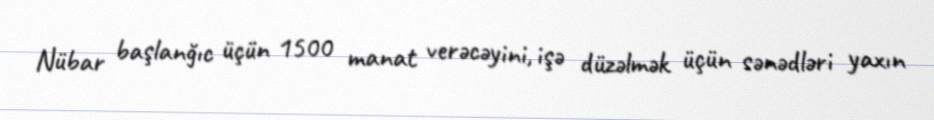
Nübar başlanğıc üçün 1500 manat verəcəyini, işə düzəlmək üçün sənədləri yaxın